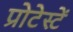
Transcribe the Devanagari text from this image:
प्रोटेस्टें